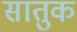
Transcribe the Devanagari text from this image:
सातुक